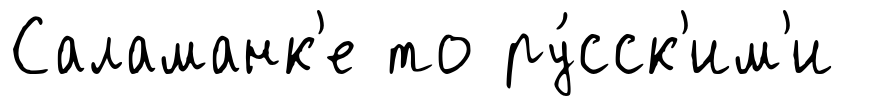
Саламанк'е то ру́сск'им'и